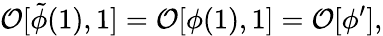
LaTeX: {\cal O}[\tilde{\phi}(1),1]={\cal O}[\phi(1),1]={\cal O}[\phi^{\prime}],